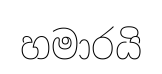
හමාරයි